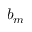
b _ { m }